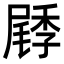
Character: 𡳜